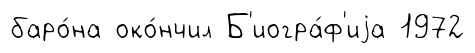
баро́на око́нчил Б'иогра́ф'иjа 1972